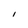
Character: I